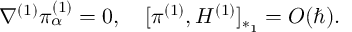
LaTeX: \nabla ^ { ( 1 ) } \pi _ { \alpha } ^ { ( 1 ) } = 0 , ~ ~ ~ [ \pi ^ { ( 1 ) } , H ^ { ( 1 ) } ] _ { * _ { 1 } } = O ( \hbar ) .